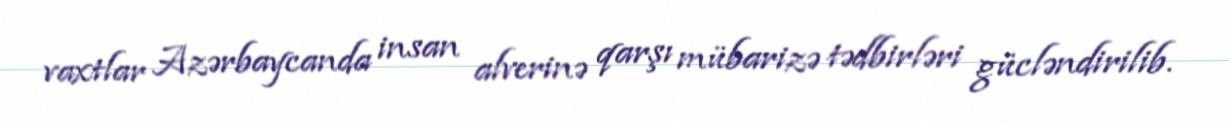
vaxtlar Azərbaycanda insan alverinə qarşı mübarizə tədbirləri gücləndirilib.